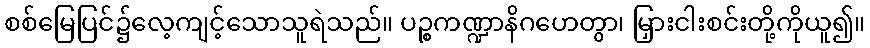
စစ်မြေပြင်၌လေ့ကျင့်သောသူရဲသည်။ ပဉ္စကဏ္ဍာနိဂဟေတွာ၊ မြှားငါးစင်းတို့ကိုယူ၍။